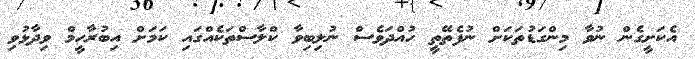
އެކަށީގެން ނުވާ މިންގަޑުތަކަށް ނުފެތޭތީ ހުއްދަވެސް ނުލިބިވާ ކްލާސްތަކެއްގައި ކަމަށް އިބުރާހީމް ވިދާޅުވި